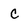
Character: C